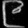
Digit: ၉